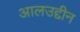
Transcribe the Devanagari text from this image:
आलउद्दीन